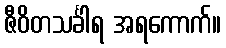
ဇီဝိတသင်္ခါရ အရကောက်။